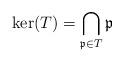
LaTeX: \begin{align*} \ker(T) = \bigcap_{\mathfrak{p} \in T} \mathfrak{p}\end{align*}